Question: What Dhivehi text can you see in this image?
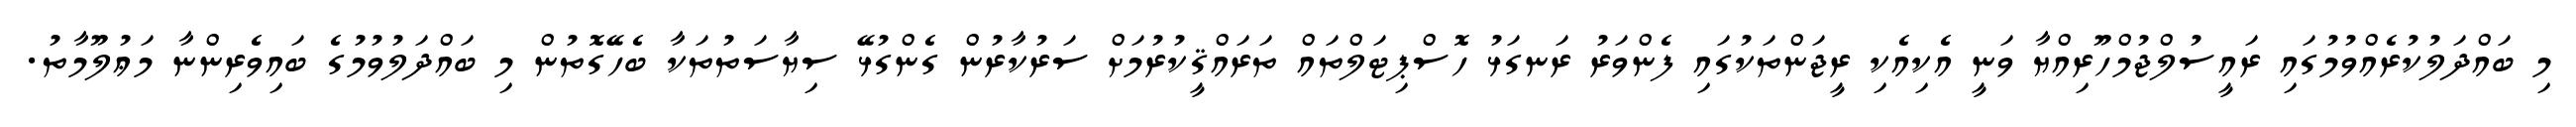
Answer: މި ބައްދަލުކުރެއްވުމުގައި ރައީސުލްޖުމްހޫރިއްޔާ ވަނީ އެކިއެކި ރީޖަންތަކުގައި ފެންވަރު ރަނގަޅު ހޮސްޕިޓަލްތައް ތަރައްޤީކުރުމަށް ސަރުކާރުން ގެންގުޅޭ ސިޔާސަތުތަކާ ބެހޭގޮތުން މި ބައްދަލުވުމުގެ ބައިވެރިންނާ މަޢުލޫމާތު.